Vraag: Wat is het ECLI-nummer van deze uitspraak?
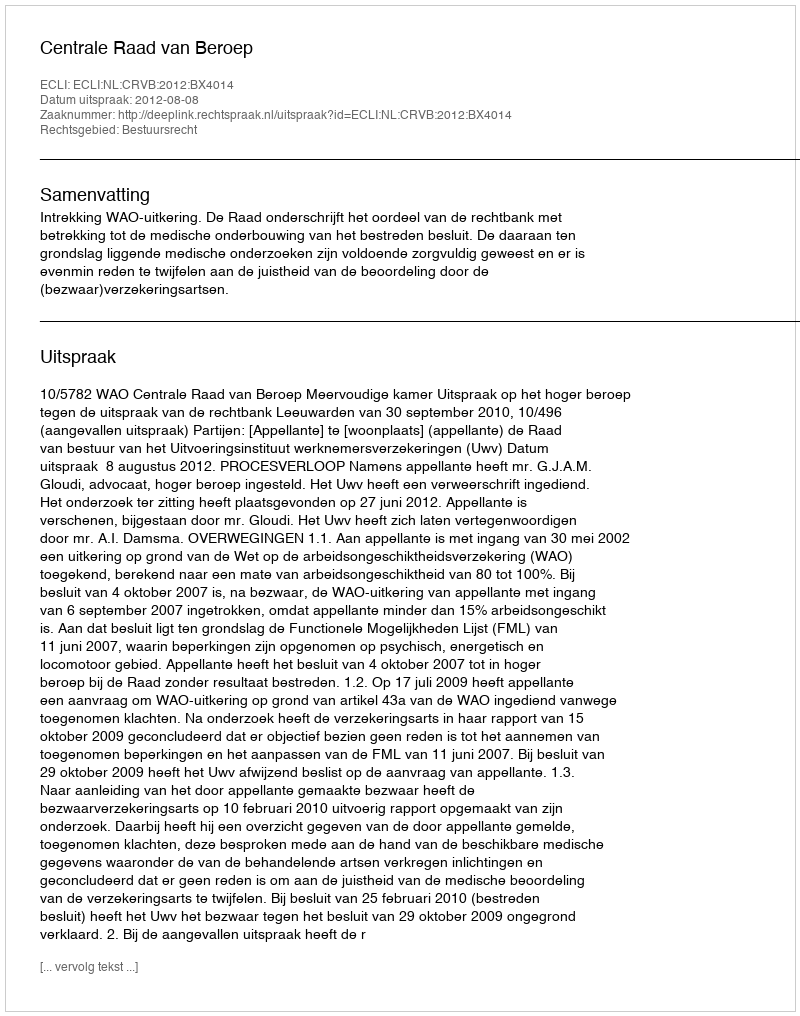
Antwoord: ECLI:NL:CRVB:2012:BX4014